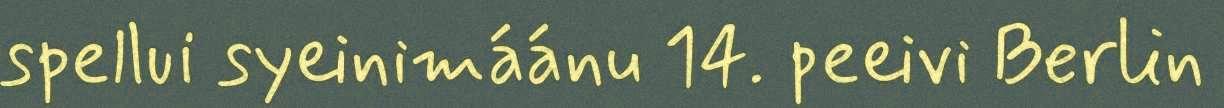
spellui syeinimáánu 14. peeivi Berlin